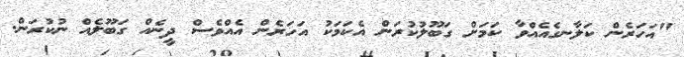
"އަހަރެން ކަލާނގެއެއްވާ ކަމަށް ގަބޫލުކުރަން އެކަމަކު އަހަރެން އެއްވެސް ދީނެއް ގަބޫލެއް ނުކުރަން.